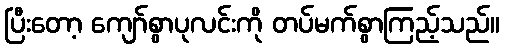
ပြီးတော့ ကျော်စွာပုလင်းကို တပ်မက်စွာကြည့်သည်။